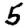
Digit: 5